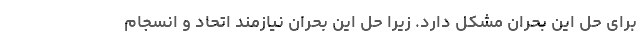
برای حل این بحران مشکل دارد. زیرا حل این بحران نیازمند اتحاد و انسجام